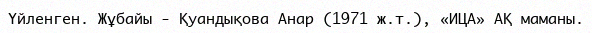
Үйленген. Жұбайы - Қуандықова Анар (1971 ж.т.), «ИЦА» АҚ маманы.